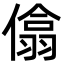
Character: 㒆